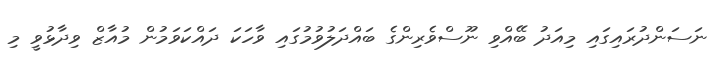
ނަސަންދުރައިގައި މިއަދު ބޭއްވި ނޫސްވެރިންގެ ބައްދަލުވުމުގައި ވާހަކަ ދައްކަވަމުން މުއާޒް ވިދާޅުވީ މި